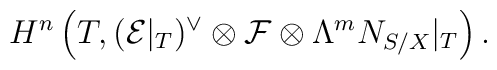
H^n \left(T, ( {\cal E}|_T )^{\vee} \otimes {\cal F} \otimes\Lambda^m N_{S/X} |_T\right).